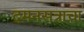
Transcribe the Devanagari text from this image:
दमनसत्राचा